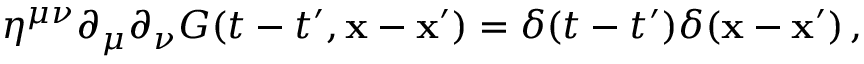
\eta ^ { \mu \nu } \partial _ { \mu } \partial _ { \nu } G ( t - t ^ { \prime } , { \bf x - x ^ { \prime } } ) = \delta ( t - t ^ { \prime } ) \delta ( { \bf x - x ^ { \prime } } ) \, ,